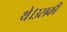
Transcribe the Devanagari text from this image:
थे।उसकी